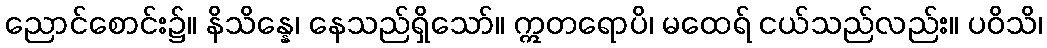
ညောင်စောင်း၌။ နိသိန္နေ၊ နေသည်ရှိသော်။ ဣတရောပိ၊ မထေရ် ငယ်သည်လည်း။ ပဝိသိ၊